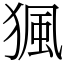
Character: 猦